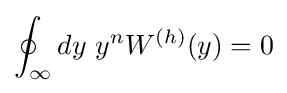
\oint _{\infty }dy\ y^{n}W^{(h)}(y)=0